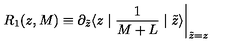
R _ { 1 } ( z , M ) \equiv \partial _ { \tilde { z } } \langle z \mid { \frac { 1 } { M + L } } \mid \tilde { z } \rangle \biggl \vert _ { \tilde { z } = z }